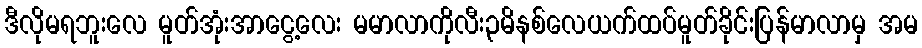
ဒီလိုမရဘူးလေ မူတ်အုံးအာငွေ့လေး မမာလာကိုလီး၃မိနစ်လေယက်ထပ်မူတ်ခိုင်းပြန်မာလာမှ အမ